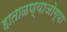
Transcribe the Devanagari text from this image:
हाताळण्याजोग्या